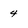
Character: 4